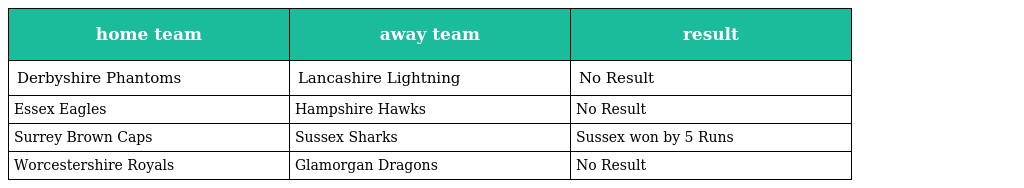
| home team | away team | result |
 | --- | --- | --- |
 | Derbyshire Phantoms | Lancashire Lightning | No Result |
 | Essex Eagles | Hampshire Hawks | No Result |
 | Surrey Brown Caps | Sussex Sharks | Sussex won by 5 Runs |
 | Worcestershire Royals | Glamorgan Dragons | No Result |